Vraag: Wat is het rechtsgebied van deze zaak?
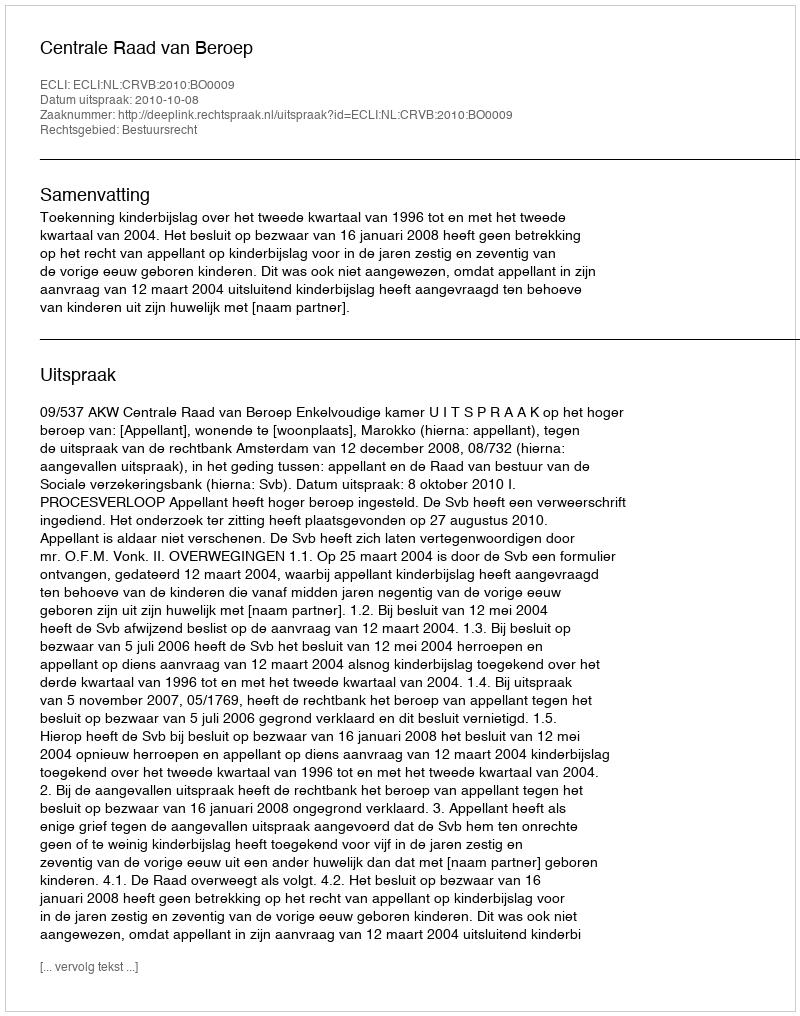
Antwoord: Bestuursrecht